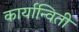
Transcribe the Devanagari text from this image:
कार्यान्विती